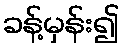
ခန့်မှန်း၍